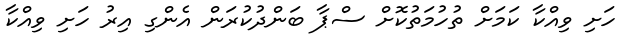
ހަށި ވިއްކާ ކަމަށް ތުހުމަތުކޮށް ސްޕާ ބަންދުކުރަން އެންގި އިރު ހަށި ވިއްކާ